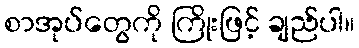
စာအုပ်တွေကို ကြိုးဖြင့် ချည်ပါ။